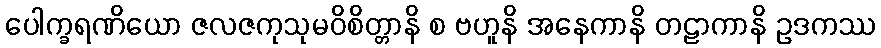
ပေါက္ခရဏိယော ဇလဇကုသုမဝိစိတ္တာနိ စ ဗဟူနိ အနေကာနိ တဠာကာနိ ဥဒကဿ